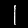
Label: 1